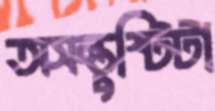
অসন্তুষ্টিটা